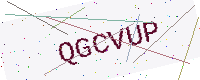
Text: QGCVUP